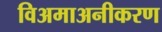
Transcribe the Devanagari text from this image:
विअमाअनीकरण